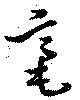
毫